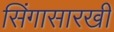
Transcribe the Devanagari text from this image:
सिंगासारखी